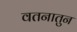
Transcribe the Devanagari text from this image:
वतनातुन